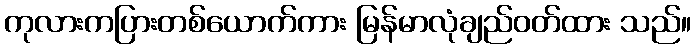
ကုလားကပြားတစ်ယောက်ကား မြန်မာလုံချည်ဝတ်ထား သည်။